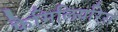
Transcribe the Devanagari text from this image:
फैमिलियरिस